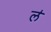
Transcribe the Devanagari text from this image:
ल॑